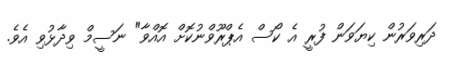
ދަރިވަރުން ކިޔަވަން ފުރީ އެ ކޯސް އެޕްރޫވްނުކޮށް އޮއްވާ" ނަސީމް ވިދާޅުވި އެވެ.